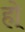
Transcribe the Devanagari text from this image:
हो्